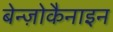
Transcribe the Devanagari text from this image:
बेन्ज़ोकैनाइन